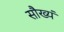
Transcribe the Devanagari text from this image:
सौख्यं